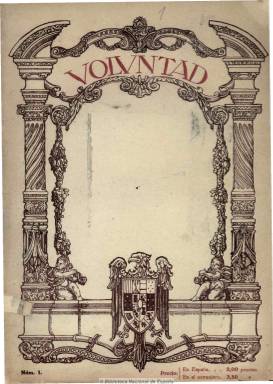
Título: Voluntad (Madrid. 1919)
Otros títulos: Volvntad
Colección: Revistas femeninas || Cultura
Ámbito geográfico: Madrid
Lugar de publicación: Madrid
Fechas: 12/10/1919-01/11/1920

Revista ilustrada para las mujeres de la clase alta y aristocrática, como “órgano de los pensamientos cimentadores de la Fe y la Patria” y abanderada de los “ideales de la Raza” (todo ello con mayúsculas), dirigida por el sector católico de la gran empresa periodística y editorial que funda Nicolás María Urgoiti (1869-1951) en torno a La Papelera Española. Comienza a editarse a partir del doce de octubre de 1919, con periodicidad quincenal, impresa lujosamente y confeccionada de forma elegante, revelando su elevadísimo precio (2 pesetas el ejemplar) su carácter elitista, tal como señalan Seoane y Sáiz. Su cubierta siempre contiene estampado el escudo de la España imperial (que después será adoptado oficialmente por el Régimen de la dictadura franquista), y tanto esta como la portada, así como algunas láminas interiores, serán impresas en tricomía. También resalta en sus páginas sus contenidos culturales y literarios, a través de escogidos colaboradores y textos inéditos y, según las historiadoras citadas, “combina una actitud socialmente reaccionaria con una cierta modernidad”, a la vez que un tradicionalismo estético y espiritual (misticismo).

Publica también reportajes fotográficos de actualidad española e internacional, dedicando especial atención a los miembros de la Casa Real. A través de una sección propia, recomienda a las mujeres la práctica del deporte, especialmente los entonces minoritarios del esquí, el tenis o el alpinismo.  En la de “Mansiones españolas” ofrece las interioridades señoriales de la aristocracia. También cuenta con secciones dedicadas a labores femeninas, moda, viajes (gran parte e sus anuncios publicitarios son de automóviles y compañías trasatlánticas), páginas de humor y musicales (con partituras), biografías, medicina, reportajes varios (beneficencia, sociedad, etc.), así como de creación literaria (narraciones y poesía) y artículos de fondo. Y abundan en sus páginas las ilustraciones, tanto dibujos, como fotografías y reproducciones pictóricas.

Entre sus colaboradores estarán desde Santiago Ramón y Cajal (que escribirá sobre la capacidad intelectual de las mujeres), Ramón María del Valle Inclán y José Ortega Munilla, hasta Armando Palacio Valdés, Pedro Muñoz Seca, Juan Pujol, Ricardo León, Antonio Ballesteros o los hermanos Álvarez Quintero y el marqués de Lozoya. En su larga lista de colaboradores también se encuentran Jacinto Benavente, Eduardo. Gómez Baquero, Eduardo Marquina, Gabriel Maura Gamazo, Gregorio Martínez Sierra, Ángel Herrera, Gabriel Miró, Enrique Menéndez Pelayo, Rafael Mitjana, Ángel Ossorio y Gallardo, José Calvo Sotelo y Elías Tormo, entre otros. Entre sus colaboradoras, Emilia Pardo Bazán, Concha Espina, Sofía Casanova, Carmen Cuesta, María Cruz de Ebro, Carmen Karr, Dolores Monedero, Dolores Moya de Marañón, Salomé Núñez y Topete y Blanca de los Ríos. Del elemento eclesiástico son Zacarías Martínez (obispo de Huesca) y los jesuitas Constancio Eguía, Carlos Gálvez, Alfonso Torres y Ruiz Amado.

Publican dibujos, ilustraciones y reproduce obras de Fernando Álvarez Sotomayor, Mariano Benlliure, Joaquín Sorolla, Julio Romero de Torres, Santiago Rusiñol, Daniel Vázquez Díaz, Mateo Inurria, Fernando Labrada, Miguel Benedito, Moya del Pino, Robledano (humor), entre otros muchos.

Sus entregas están entre las 44 y las 74 páginas, y al cabo de un año, la revista, concebida como una “obra de fe, de caridad y de cultura”, destinada a “instruir a la mujer”” con el propósito de “unir con vínculos de piedad y comprensión a todas las clases sociales” y “con censura eclesiástica”, en su número 24, de uno de noviembre de 1920, anuncia su suspensión temporal, después de haber adquirido e instalado imprenta propia con una maquinaria moderna inglesa, de la que saldrán las obras de la editorial que adoptará su mismo título: Voluntad.

Algunas imágenes cedidas por TECNODOC.